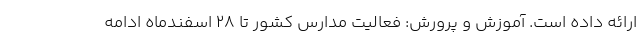
ارائه داده است. آموزش و پرورش: فعالیت مدارس کشور تا ۲۸ اسفندماه ادامه